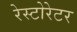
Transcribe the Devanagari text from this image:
रेस्टोरेटर